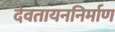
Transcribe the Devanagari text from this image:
देवतायननिर्माण